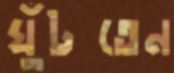
ঘুঁটতেন